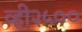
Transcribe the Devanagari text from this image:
व्ही२५००